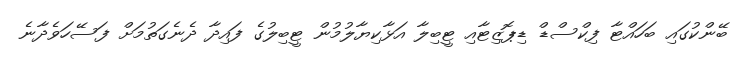
ބޭންކުގައި ބަހައްޓާ ފިކްސްޑް ޑިޕޮޒިޓާއި ޓީބިލާ އަޅާކިޔާލުމުން ޓީބިލުގެ ފައިދާ ދެނެގަތުމަށް ފަސޭހަވެދާނެ